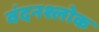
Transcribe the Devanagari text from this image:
वंदनश्लोक